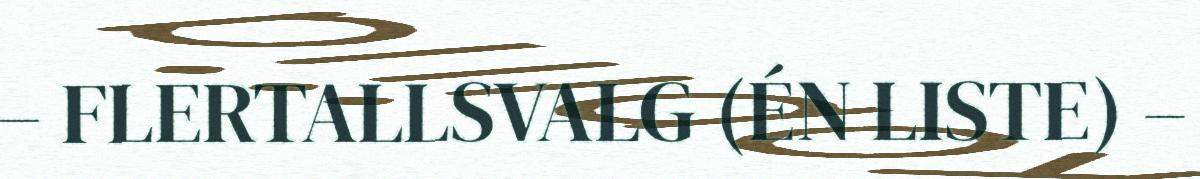
– FLERTALLSVALG (ÉN LISTE) –